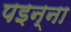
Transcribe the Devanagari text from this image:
पइन्ना